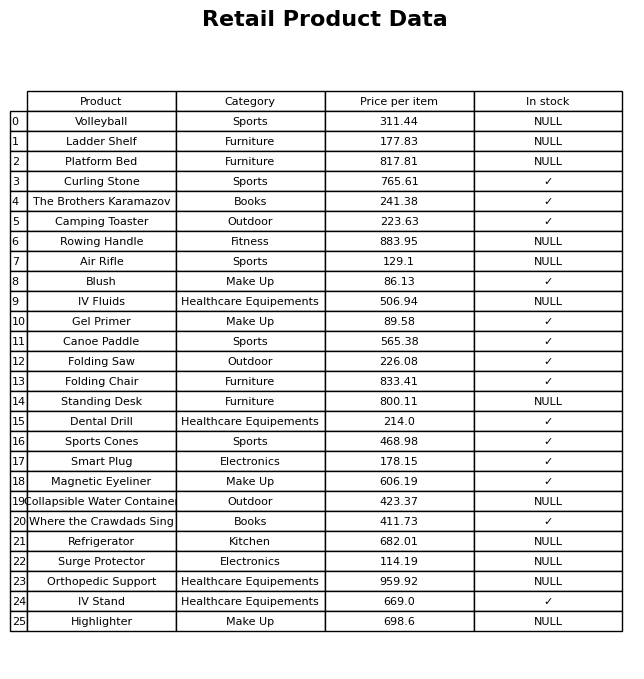
question: Is the Ladder Shelf in stock?
answer: NULL